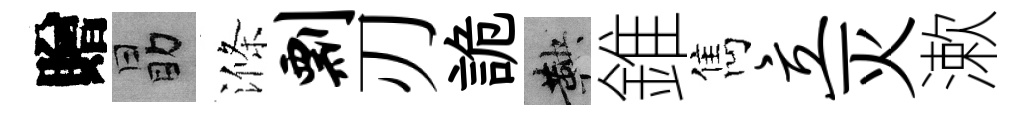
贈勗滌剽刃詭鞅錐雋立灭漱